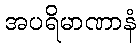
အပရိမာဏာနံ